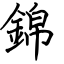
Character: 錦